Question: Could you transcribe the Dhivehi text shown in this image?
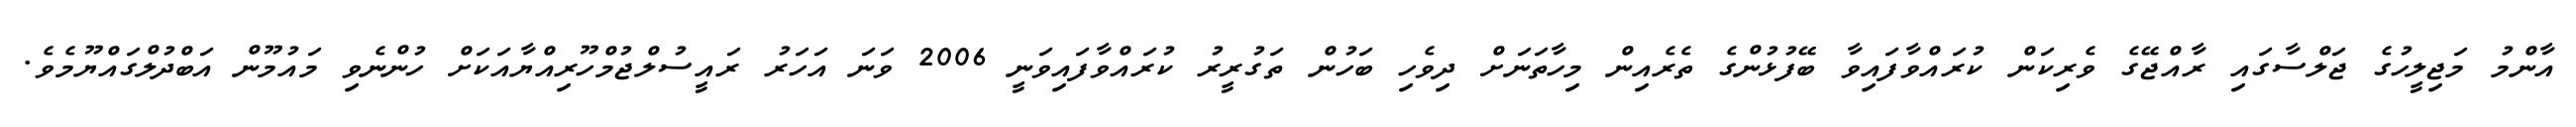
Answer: އާންމު މަޖިލީހުގެ ޖަލްސާގައި ރާއްޖޭގެ ވެރިކަން ކުރައްވާފައިވާ ބޭފުޅުންގެ ތެރެއިން މިހާތަނަށް ދިވެހި ބަހުން ތަގުރީރު ކުރައްވާފައިވަނީ 2006 ވަނަ އަހަރު ރައީސުލްޖުމްހޫރިއްޔާއަކަށް ހުންނެވި މައުމޫން އަބްދުލްގައްޔޫމެވެ.